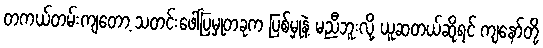
တကယ်တမ်းကျတော့ သတင်းဖေါ်ပြမှုတခုက ပြစ်မှုနဲ့ မညီဘူးလို့ ယူဆတယ်ဆိုရင် ကျနော်တို့